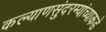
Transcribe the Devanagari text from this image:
कल्याणसुंदरम्यांच्याकडे